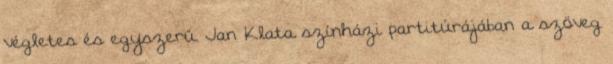
végletes és egyszerű. Jan Klata színházi partitúrájában a szöveg